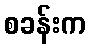
စခန်းက